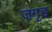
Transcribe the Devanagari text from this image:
जगृह